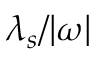
\lambda _ { s } / { \vert } \omega { \vert }